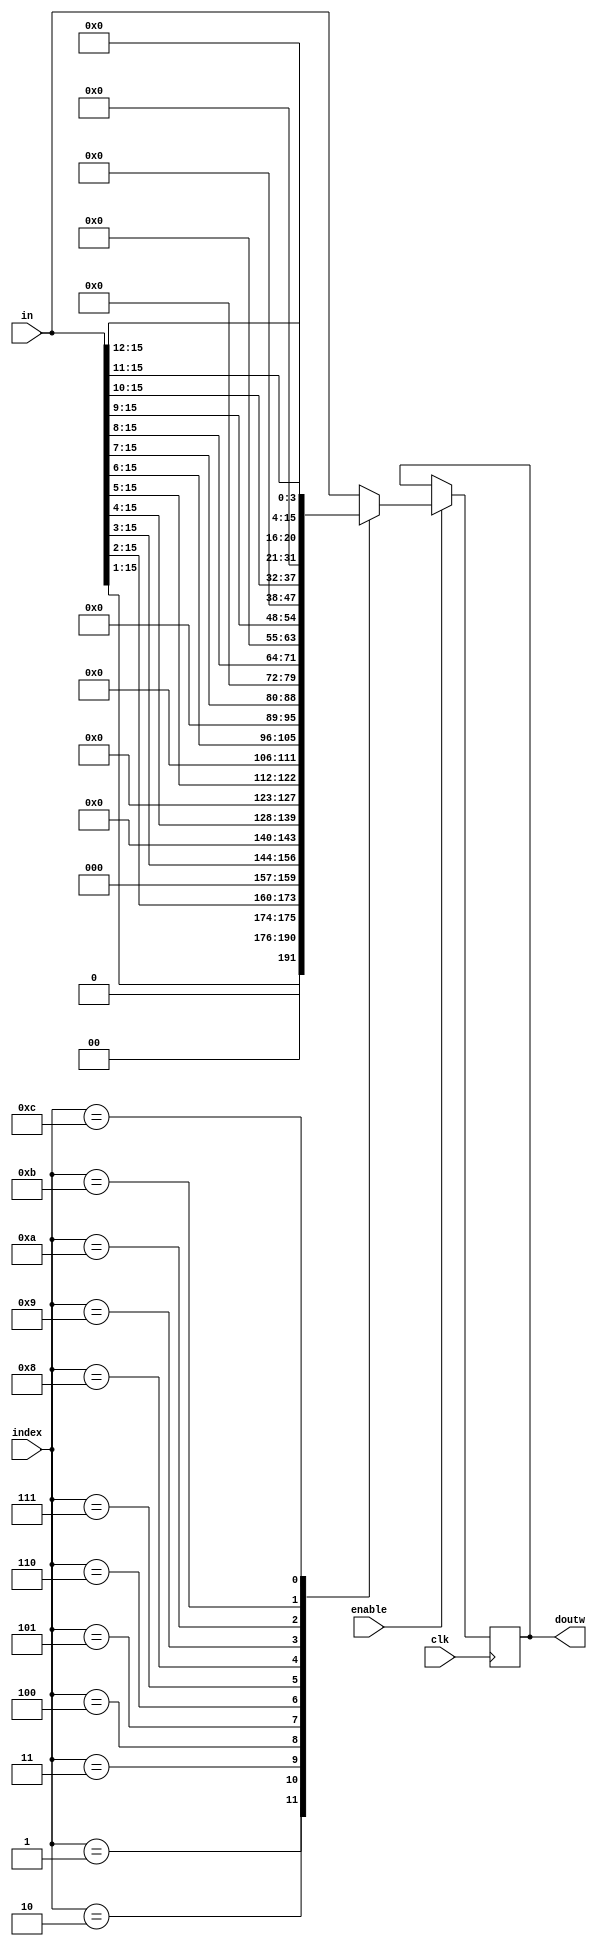
module shifter
(
    input wire clk,
    input wire enable,
    input wire [3:0] index,
    input signed [15:0] in,
    output signed [15:0] doutw
);

reg signed [15:0] dout;

assign doutw=dout;
always @(posedge clk)
    if (enable)
        case (index)
            4'd0 : dout <= in;
            4'd1 : dout <= (in >> 1);
            4'd2 : dout <= (in >> 2);
            4'd3 : dout <= (in >> 3);
            4'd4 : dout <= (in >> 4);
            4'd5 : dout <= (in >> 5);
            4'd6 : dout <= (in >> 6);
            4'd7 : dout <= (in >> 7);
            4'd8 : dout <= (in >> 8);
            4'd9 : dout <= (in >> 9);
            4'd10 : dout <= (in >> 10);
            4'd11 : dout <= (in >> 11);
            4'd12 : dout <= (in >> 12);
            default : dout <= in;
        endcase
          
endmodule